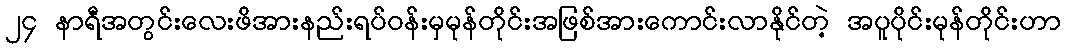
၂၄ နာရီအတွင်းလေးဖိအားနည်းရပ်ဝန်းမှမုန်တိုင်းအဖြစ်အားကောင်းလာနိုင်တဲ့ အပူပိုင်းမုန်တိုင်းဟာ